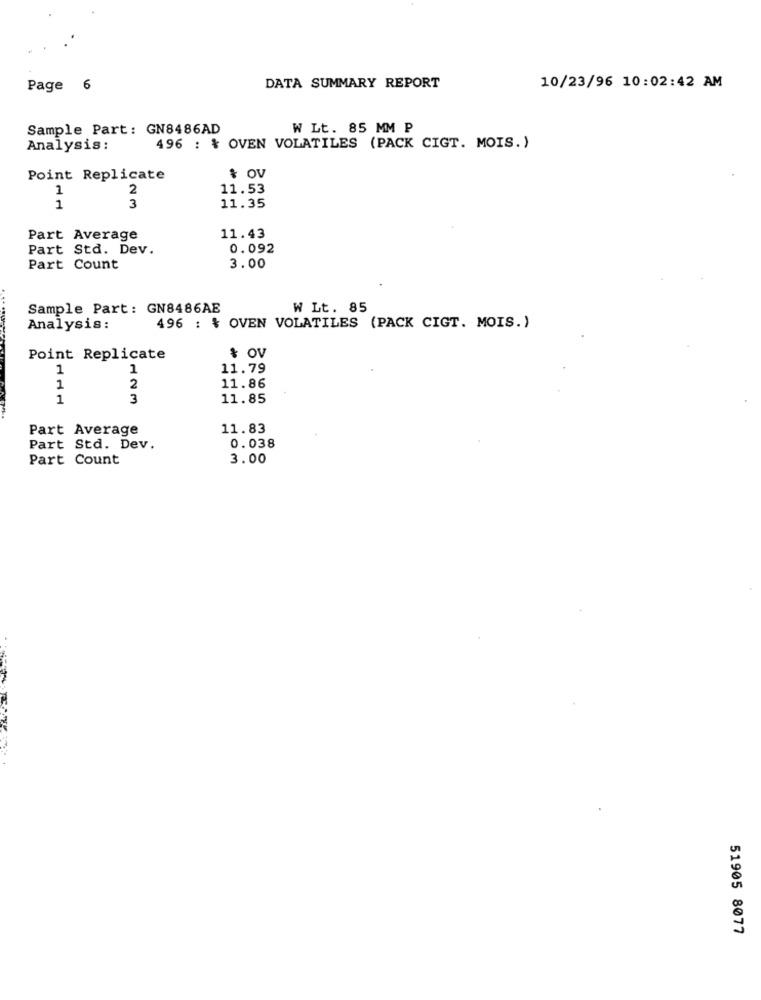
Page 6
DATA SUMMARY REPORT
10/23/96 10:02:42 AM
Sample Part: GN8486AD
W Lt. 85 MM P
Analysis :
496 : & OVEN VOLATILES (PACK CIGT. MOIS.)
Point Replicate
& OV
1
2
11.53
1
3
11.35
Part Average
11.43
Part Std. Dev.
0.092
Part Count
3.00
Sample Part: GN8486AE
W Lt. 85
Analysis:
496 : % OVEN VOLATILES (PACK CIGT. MOIS.)
Point Replicate
& OV
1
1
11.79
1
2
11.86
1
3
11.85
Part Average
11.83
Part Std. Dev.
0.038
Part Count
3.00
51905 8077